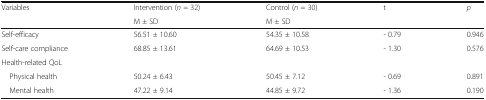
<table><thead><tr><td rowspan="2"><b>Variables</b></td><td><b>Intervention (<i>n</i> = 32)</b></td><td><b>Control (<i>n</i> = 30)</b></td><td rowspan="2"><b>t</b></td><td rowspan="2"><b><i>p</i></b></td></tr><tr><td><b>M ± SD</b></td><td><b>M ± SD</b></td></tr></thead><tbody><tr><td>Self-efficacy</td><td>56.51 ± 10.60</td><td>54.35 ± 10.58</td><td>- 0.79</td><td>0.946</td></tr><tr><td>Self-care compliance</td><td>68.85 ± 13.61</td><td>64.69 ± 10.53</td><td>- 1.30</td><td>0.576</td></tr><tr><td colspan="5">Health-related QoL</td></tr><tr><td> Physical health</td><td>50.24 ± 6.43</td><td>50.45 ± 7.12</td><td>- 0.69</td><td>0.891</td></tr><tr><td> Mental health</td><td>47.22 ± 9.14</td><td>44.85 ± 9.72</td><td>- 1.36</td><td>0.190</td></tr></tbody></table>